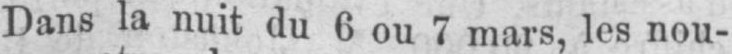
Dans la nuit du 6 ou 7 mars, les nou-